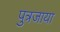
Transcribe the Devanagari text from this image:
पुत्रजाया